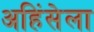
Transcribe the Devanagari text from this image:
अहिंसेला